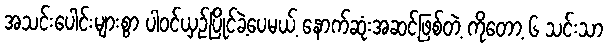
အသင်းပေါင်းများစွာ ပါဝင်ယှဉ်ပြိုင်ခဲ့ပေမယ့် နောက်ဆုံးအဆင့်ဖြစ်တဲ့ ကိုတော့ ၆ သင်းသာ